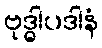
ဗုဒ္ဓါပဒါနံ